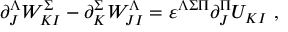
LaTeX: \partial _ { J } ^ { \Lambda } W _ { K I } ^ { \Sigma } - \partial _ { K } ^ { \Sigma } W _ { J I } ^ { \Lambda } = \varepsilon ^ { \Lambda \Sigma \Pi } \partial _ { J } ^ { \Pi } U _ { K I } \ ,